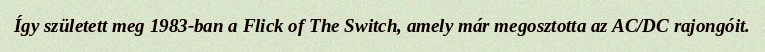
Így született meg 1983-ban a Flick of The Switch, amely már megosztotta az AC/DC rajongóit.